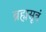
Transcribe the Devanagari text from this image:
ब्रह्मसूत्रं